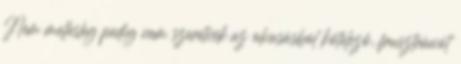
Nem mellesleg pedig nem szeretnék az olvasásból kötelező, frusztrációt